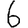
Digit: 6